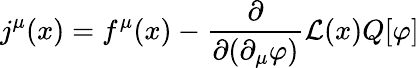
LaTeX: j^{\mu}(x)=f^{\mu}(x)-{\frac{\partial}{\partial(\partial_{\mu}\varphi)}}{\mathcal{L}}(x)Q[\varphi]